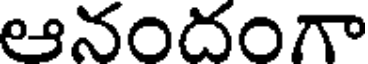
ఆనందంగా